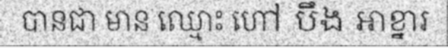
បានជា មាន ឈ្មោះ ហៅ បឹង អាខ្នារ